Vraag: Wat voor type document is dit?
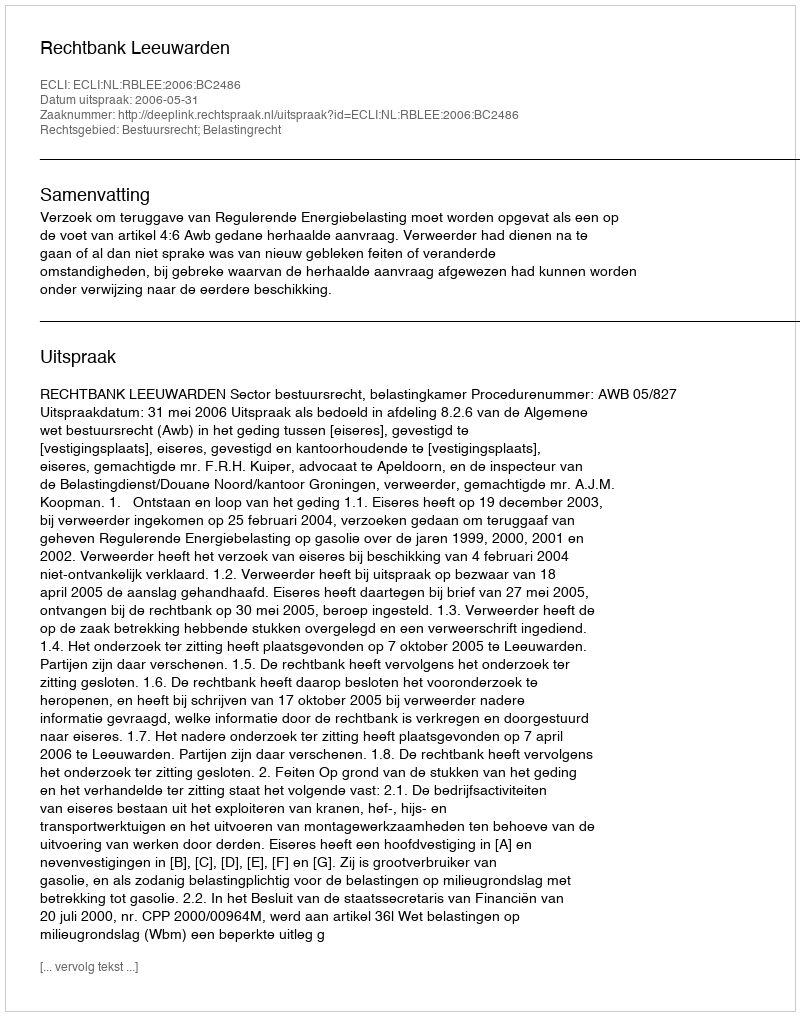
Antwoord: Uitspraak